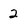
Character: 2